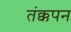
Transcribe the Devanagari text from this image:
तंक्कपन